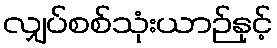
လျှပ်စစ်သုံးယာဉ်နှင့်